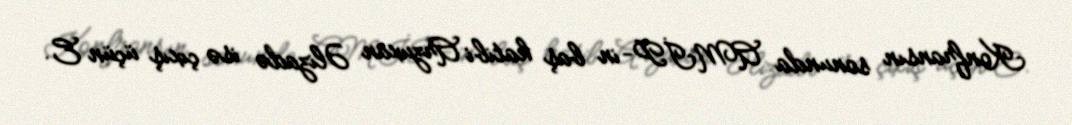
Konfransın sonunda AMİP-in baş katibi Arzuxan Əlizadə isə çıxış üçün E.